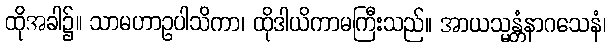
ထိုအခါ၌။ သာမဟာဥပါသိကာ၊ ထိုဒါယိကာမကြီးသည်။ အာယသ္မန္တံနာဂသေနံ၊